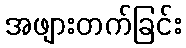
အဖျားတက်ခြင်း